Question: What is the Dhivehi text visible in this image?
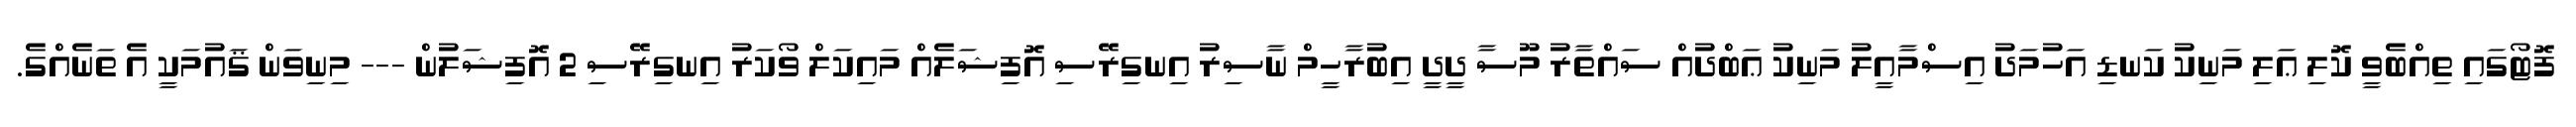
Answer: ފޮޓޯގައި ތިއްބެވީ ކޮލި ޢަލި މަނިކު ކަނޑި އަހުމަދު އިސްމާއީލު މަނިކު ޢަބްދުއް ސައްތާރު މޫސާ ދީދީ އިބުރާހީމް ނާސިރު އިނގިރޭސި އޮފިޝަލެއް މައިކަލް ވޯކަރު އިނގިރޭސި 2 އޮފިޝަލުން --- މިނިވަން ޤައުމަކީ އެ ތަނެއްގެ.